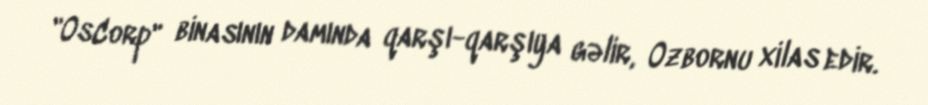
"OsCorp" binasının damında qarşı-qarşıya gəlir, Ozbornu xilas edir.